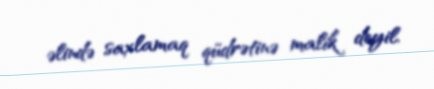
əlində saxlamaq qüdrətinə malik deyil.